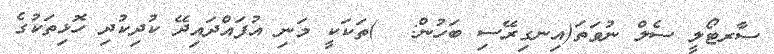
ސާރޓޯލީ ސެލް ނުވަތަ(އިނގިރޭސި ބަހުން:  )ތަކަކީ މަނި އުފައްދައިދޭ ކުދިކުދި ހޮޅިތަކުގެ